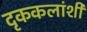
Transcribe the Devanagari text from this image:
दृककलांशी